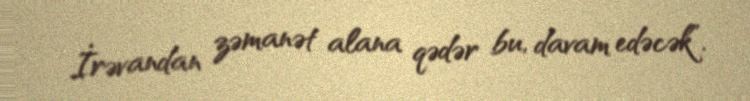
İrəvandan zəmanət alana qədər bu, davam edəcək”.